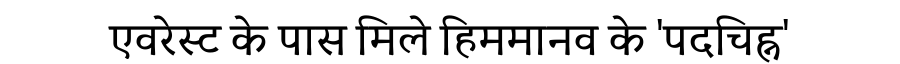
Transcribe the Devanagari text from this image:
एवरेस्ट के पास मिले हिममानव के 'पदचिह्न'